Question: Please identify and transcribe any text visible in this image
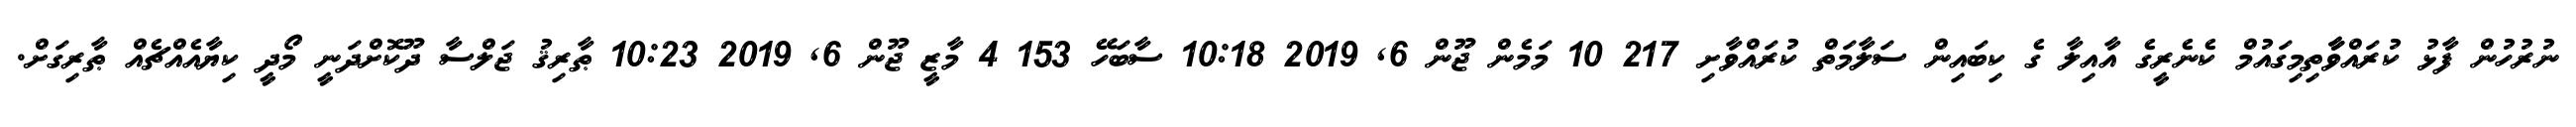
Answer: ނުރުހުން ފާޅު ކުރައްވާާތިމިގައުމް ކެނެރީގެ އާއިލާ ގެ ކިބައިން ސަލާމަތް ކުރައްވާށި 217 10 މަމެން ޖޫން 6, 2019 10:18 ސާބަހޭ 153 4 މާޒީ ޖޫން 6, 2019 10:23 ޠާރިޤު ޖަލްސާ ދޫކޮށްދަނީ މޯދީ ކިޔާއެއްޗެއް ޠާރިގަށް.